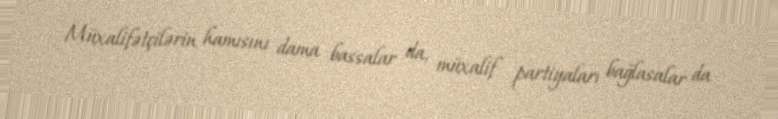
Müxalifətçilərin hamısını dama bassalar da, müxalif partiyaları bağlasalar da